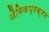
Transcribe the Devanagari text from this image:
जैविकप्रक्रम